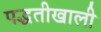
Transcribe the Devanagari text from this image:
पद्धतीखाली